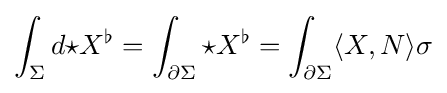
\int _{\Sigma }d{\star }X^{\flat }=\int _{\partial \Sigma }{\star }X^{\flat }=\int _{\partial \Sigma }\langle X,N\rangle \sigma